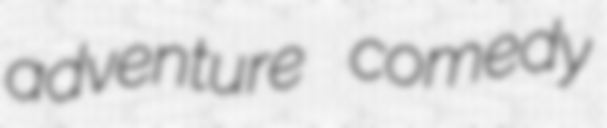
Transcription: adventure comedy